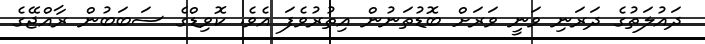
ދައުލަތުގެ ދަރަނި ވަނީ ވަރަށް ބޮޑުތަނުން އިތުރުވެފަ އެވެ. ކޮވިޑްގެ ސަބަބުން ރާއްޖޭގެ